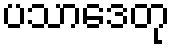
ပသာဒေတု